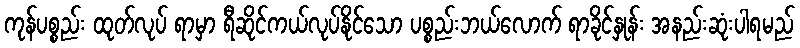
ကုန်ပစ္စည်း ထုတ်လုပ် ရာမှာ ရီဆိုင်ကယ်လုပ်နိုင်သော ပစ္စည်းဘယ်လောက် ရာခိုင်နှုန်း အနည်းဆုံးပါရမည်